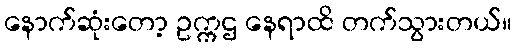
နောက်ဆုံးတော့ ဥက္ကဌ နေရာထိ တက်သွားတယ်။